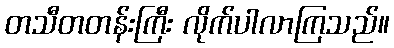
တသီတတန်းကြီး လိုက်ပါလာကြသည်။